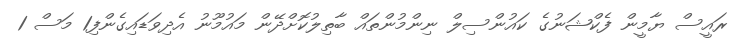
ރައީސް ޔާމީން ފެކްޝަނުގެ ކައުންސިލް ނިންމުންތައް ބާތިލުކޮށްދޭން މައުމޫނު އެދިވަޑައިގެންފި1 މަސް 1